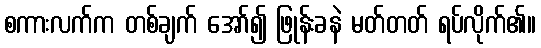
စကားလက်က တစ်ချက် အော်၍ ဖြုန်းခနဲ မတ်တတ် ရပ်လိုက်၏။